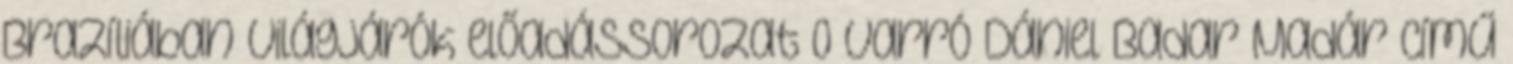
Brazíliában Világjárók előadássorozat 0 Varró Dániel Badar Madár című